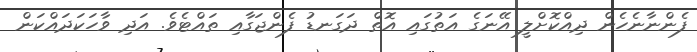
ފެންނާނެހެން ދިއްކޮށްލީ އޭނަގެ އަތުގައި އޮތް ދަގަނޑު ފެންޖަގާއި ތައްޓެވެ. އަދި ވާހަކަދައްކަން